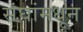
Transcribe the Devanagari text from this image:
संघांमधून